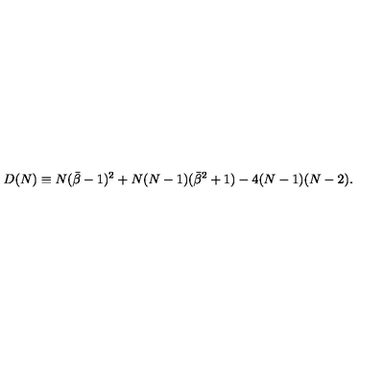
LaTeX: D ( N ) \equiv N ( { \bar { \beta } } - 1 ) ^ { 2 } + N ( N - 1 ) ( { \bar { \beta } } ^ { 2 } + 1 ) - 4 ( N - 1 ) ( N - 2 ) .